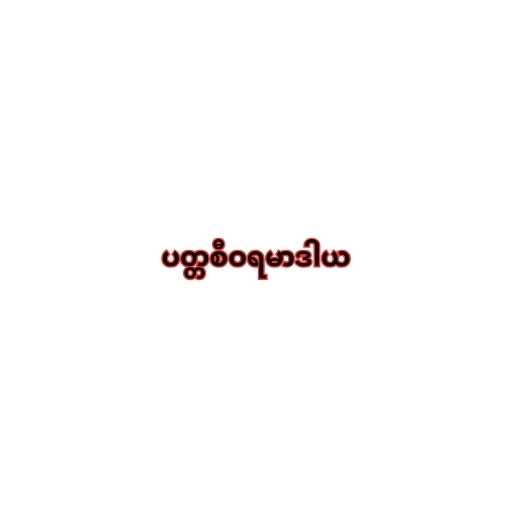
ပတ္တစီဝရမာဒါယ